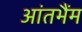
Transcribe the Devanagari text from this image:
आंतभैंम